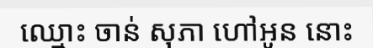
ឈ្មោះ ចាន់ សុភា ហៅអូន នោះ